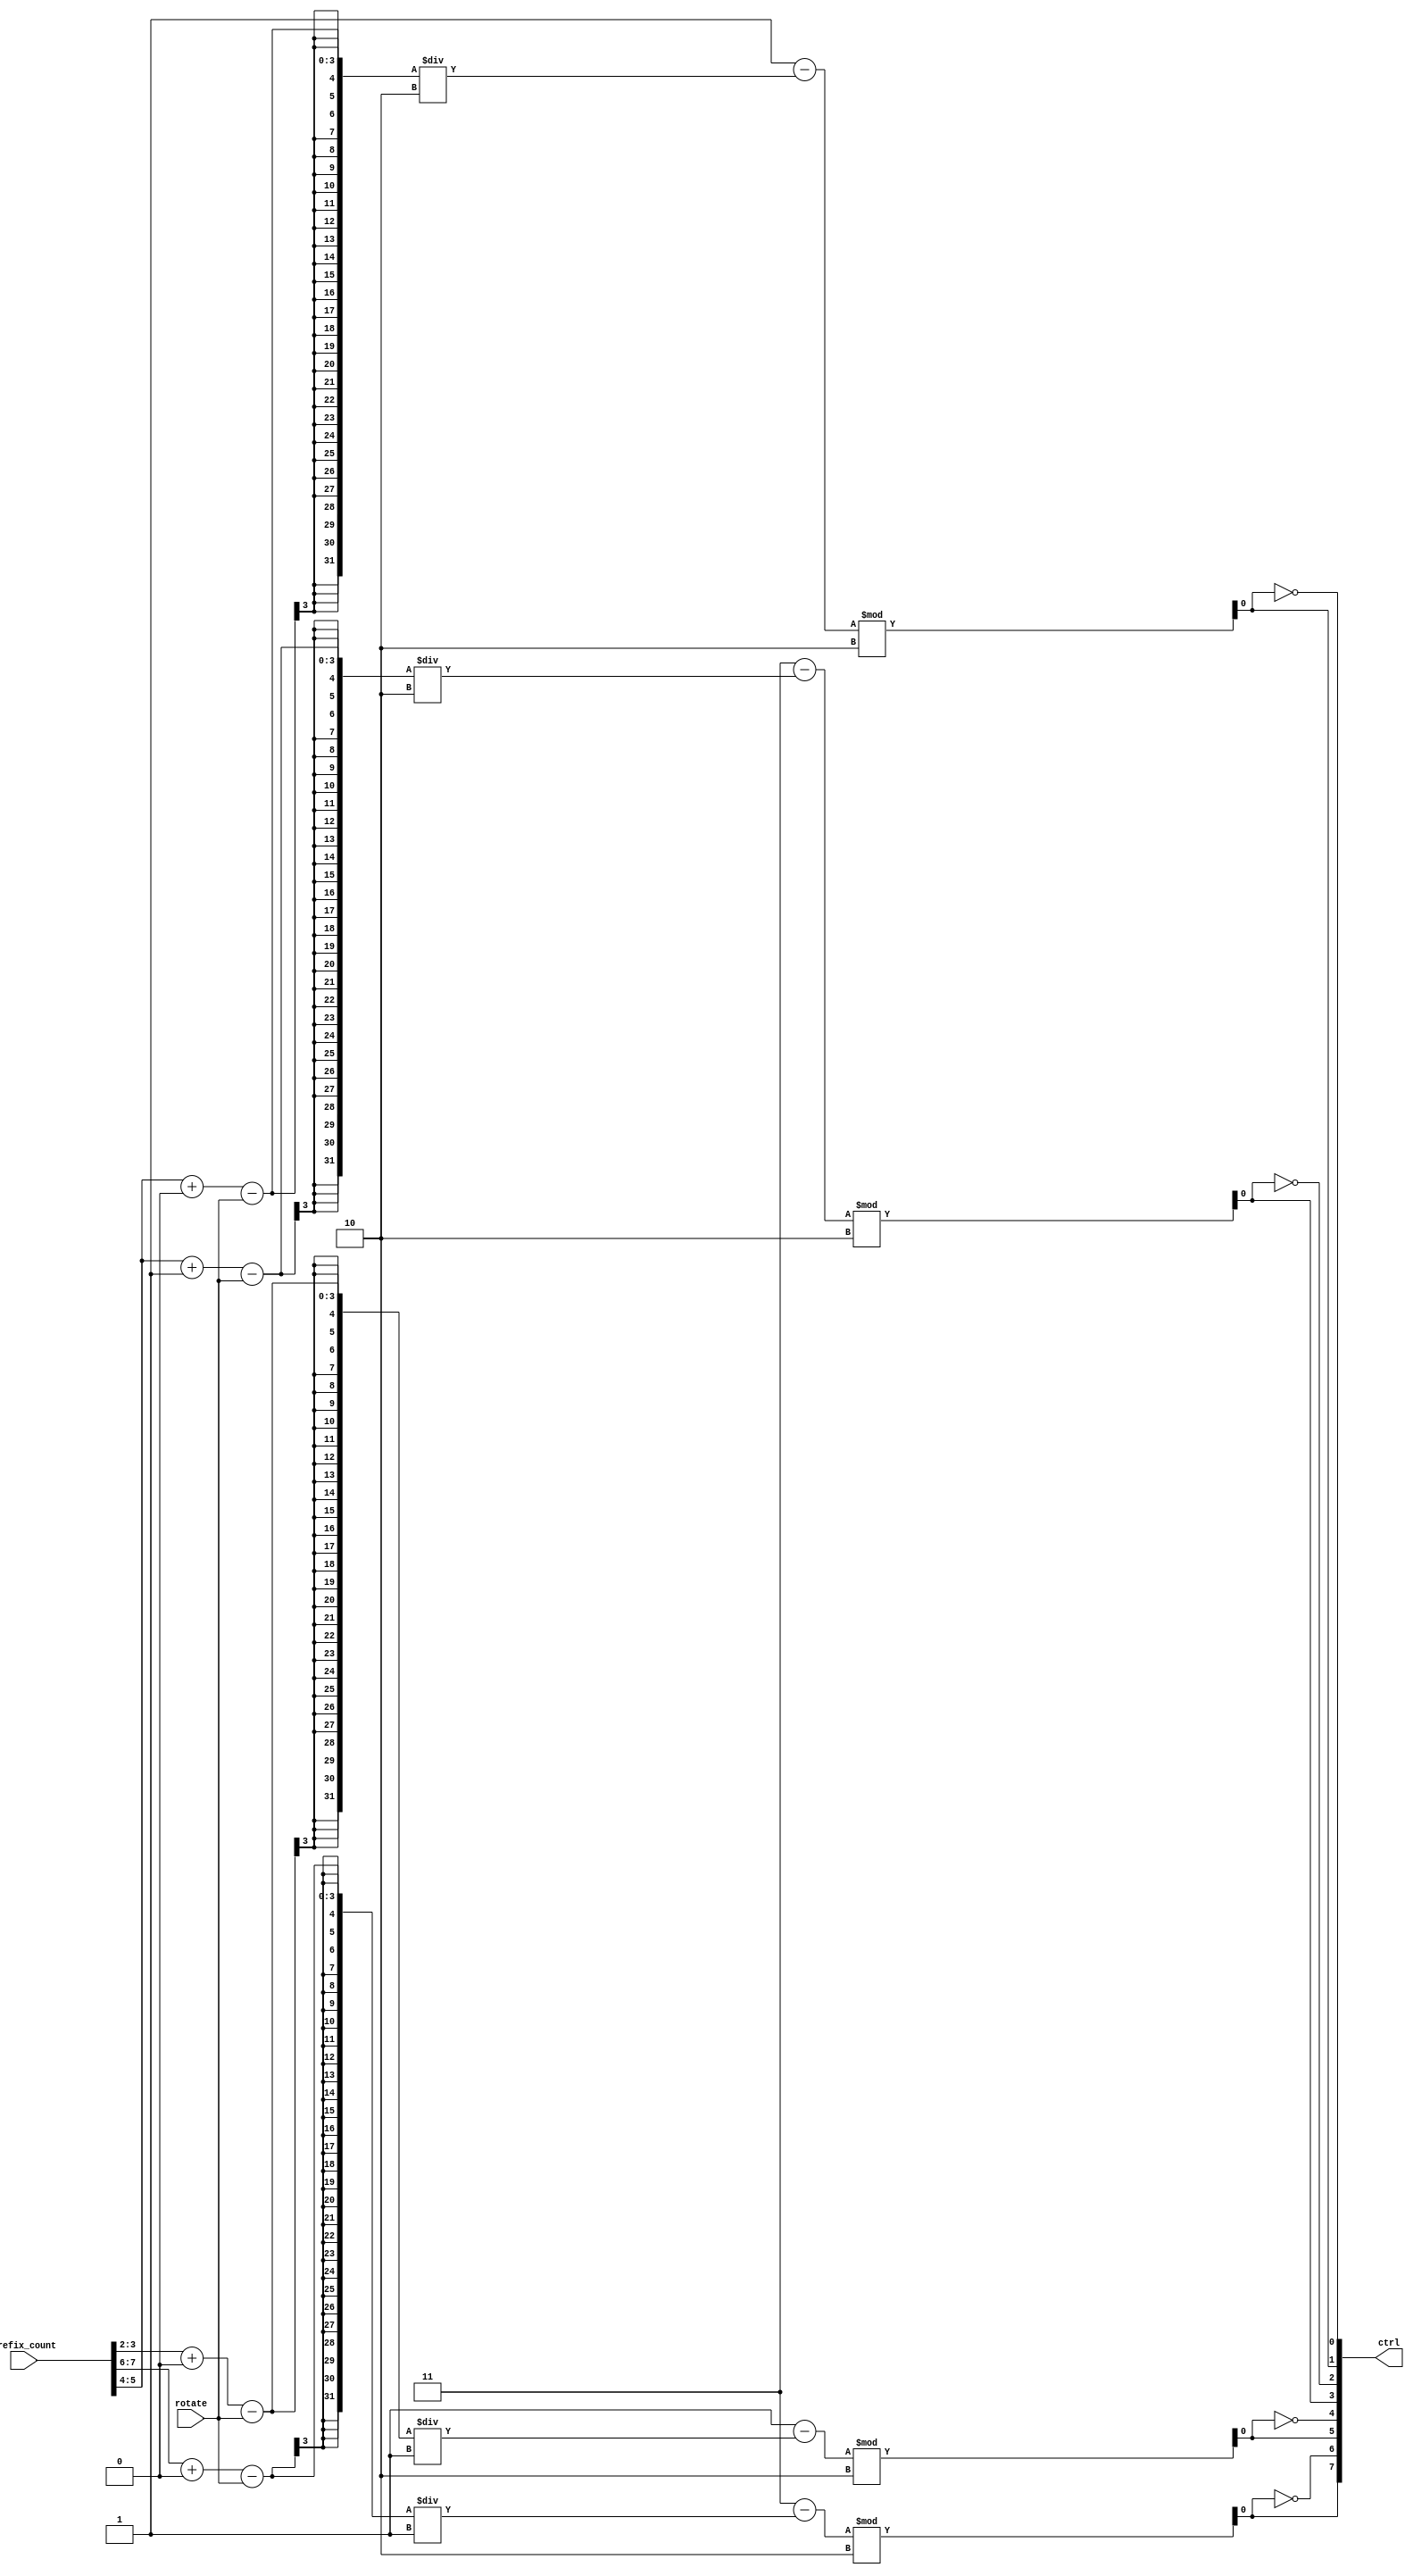
// ***************************************************************************
// ***************************************************************************
// Copyright (C) 2018-2023 Analog Devices, Inc. All rights reserved.
//
// In this HDL repository, there are many different and unique modules, consisting
// of various HDL (Verilog or VHDL) components. The individual modules are
// developed independently, and may be accompanied by separate and unique license
// terms.
//
// The user should read each of these license terms, and understand the
// freedoms and responsibilities that he or she has by using this source/core.
//
// This core is distributed in the hope that it will be useful, but WITHOUT ANY
// WARRANTY; without even the implied warranty of MERCHANTABILITY or FITNESS FOR
// A PARTICULAR PURPOSE.
//
// Redistribution and use of source or resulting binaries, with or without modification
// of this file, are permitted under one of the following two license terms:
//
//   1. The GNU General Public License version 2 as published by the
//      Free Software Foundation, which can be found in the top level directory
//      of this repository (LICENSE_GPL2), and also online at:
//      <https://www.gnu.org/licenses/old-licenses/gpl-2.0.html>
//
// OR
//
//   2. An ADI specific BSD license, which can be found in the top level directory
//      of this repository (LICENSE_ADIBSD), and also on-line at:
//      https://github.com/analogdevicesinc/hdl/blob/main/LICENSE_ADIBSD
//      This will allow to generate bit files and not release the source code,
//      as long as it attaches to an ADI device.
//
// ***************************************************************************
// ***************************************************************************

`timescale 1ns/100ps

module pack_ctrl #(
  parameter PORT_ADDRESS_WIDTH = 2,
  parameter MUX_ORDER = 1,
  parameter MIN_STAGE = 0,
  parameter NUM_STAGES = 2,
  parameter PACK = 0
) (
  input [PORT_ADDRESS_WIDTH-1:0] rotate,
  input [2**PORT_ADDRESS_WIDTH*PORT_ADDRESS_WIDTH-1:0] prefix_count,

  output [2**PORT_ADDRESS_WIDTH*MUX_ORDER*NUM_STAGES-1:0] ctrl
);

  /*
   * This module computes the control bits that are used to configure the MUXes
   * in the pack interconect network. The controls are configured according to
   * the specified global rotation and the prefix count of each of the outputs.
   */

  localparam NUM_OF_PORTS = 2**PORT_ADDRESS_WIDTH;

  wire [NUM_OF_PORTS*MUX_ORDER*NUM_STAGES-1:0] ctrl1;
  reg [NUM_OF_PORTS*MUX_ORDER*NUM_STAGES-1:0] ctrl2;

  generate
  genvar i, j, k;
  integer n;

  localparam z = 2**MUX_ORDER;

  // This part is magic
  for (i = 0; i < NUM_STAGES; i = i + 1) begin: ctrl_gen_outer
    localparam k0 = 2**(PORT_ADDRESS_WIDTH - MUX_ORDER*(i+1)-MIN_STAGE);
    localparam k1 = 2**(MUX_ORDER*(1+i)+MIN_STAGE);

    for (j = 0; j < NUM_OF_PORTS; j = j + 1) begin: ctrl_gen_inner
      // Offset in the ctrl signal
      localparam s = (i*NUM_OF_PORTS+j)*MUX_ORDER;
      localparam m = (j % k1) * k0;
      localparam n = j / k1;

      if (MUX_ORDER == 1 && j % 2 == 0) begin
        // This is an optimization that only works for 2:1 MUXes
        assign ctrl1[s] = ~ctrl1[s+1];
      end else begin
        assign ctrl1[s+:MUX_ORDER] = (j - (prefix_count[m*PORT_ADDRESS_WIDTH+:PORT_ADDRESS_WIDTH] + n - rotate) / k0) % z;
      end
    end
  end

  if (PACK == 0 || MUX_ORDER == 1) begin
    // For 2:1 MUXes pack and unpack control is the same
    assign ctrl = ctrl1;
  end else begin
    /*
     * Transform demux control into mux control. The implementation here uses a
     * priority encoder.
     */
    for (i = 0; i < NUM_STAGES*NUM_OF_PORTS; i = i + z) begin: demux_gen_outer
      localparam base = i*MUX_ORDER;
      for (k = 0; k < z; k = k + 1) begin: demux_gen_inner
        always @(ctrl1) begin
          ctrl2[base+k*MUX_ORDER+:MUX_ORDER] <= {MUX_ORDER{1'b1}};
          for (n = 0; n < z; n = n + 1) begin
            if (ctrl1[base+n*MUX_ORDER+:MUX_ORDER] == k) begin
              ctrl2[base+k*MUX_ORDER+:MUX_ORDER] <= n[MUX_ORDER-1:0];
            end
          end
        end
      end
    end
    assign ctrl = ctrl2;
  end
  endgenerate

endmodule